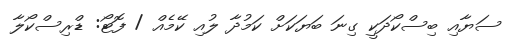
ސަޔާއި ބިސްކޯދަކީ ގިނަ ބަޔަކަށް ކަމުދާ ލުއި ކޭމެއް / ފޮޓޯ: ޑްރިސްކޯލާ